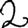
Digit: 2